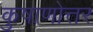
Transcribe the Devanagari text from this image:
कुषाणोत्तर